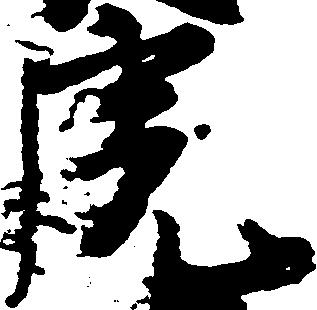
虎